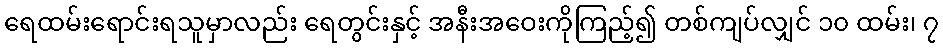
ရေထမ်းရောင်းရသူမှာလည်း ရေတွင်းနှင့် အနီးအဝေးကိုကြည့်၍ တစ်ကျပ်လျှင် ၁၀ ထမ်း၊ ၇